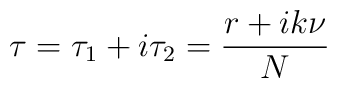
\tau=\tau_1+i\tau_2= \frac{r+i k \nu}{N}